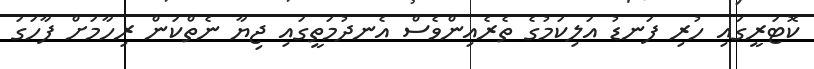
ކޮޓަރީގައި ހުރި ފަނޑު އަލިކަމުގެ ތެރެއިންވެސް އެނދުމަތީގައި ޖިޔާ ނެތްކަން ރިހާމަށް ފާހަގަ